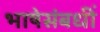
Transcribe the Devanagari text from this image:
भाषेसंबधीं